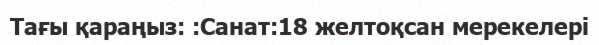
Тағы қараңыз: :Санат:18 желтоқсан мерекелері